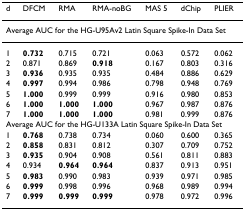
<table><thead><tr><td><b>d</b></td><td><b>DFCM</b></td><td><b>RMA</b></td><td><b>RMA-noBG</b></td><td><b>MAS 5</b></td><td><b>dChip</b></td><td><b>PLIER</b></td></tr></thead><tbody><tr><td colspan="7">Average AUC for the HG-U95Av2 Latin Square Spike-In Data Set</td></tr><tr><td>1</td><td><b>0.732</b></td><td>0.715</td><td>0.721</td><td>0.063</td><td>0.572</td><td>0.062</td></tr><tr><td>2</td><td>0.871</td><td>0.869</td><td><b>0.918</b></td><td>0.167</td><td>0.803</td><td>0.316</td></tr><tr><td>3</td><td><b>0.936</b></td><td>0.935</td><td>0.935</td><td>0.484</td><td>0.886</td><td>0.629</td></tr><tr><td>4</td><td><b>0.997</b></td><td>0.994</td><td>0.986</td><td>0.798</td><td>0.948</td><td>0.769</td></tr><tr><td>5</td><td><b>1.000</b></td><td>0.999</td><td>0.999</td><td>0.916</td><td>0.980</td><td>0.853</td></tr><tr><td>6</td><td><b>1.000</b></td><td><b>1.000</b></td><td><b>1.000</b></td><td>0.967</td><td>0.987</td><td>0.876</td></tr><tr><td>7</td><td><b>1.000</b></td><td><b>1.000</b></td><td><b>1.000</b></td><td>0.981</td><td>0.999</td><td>0.876</td></tr><tr><td colspan="7">Average AUC for the HG-U133A Latin Square Spike-In Data Set</td></tr><tr><td>1</td><td><b>0.768</b></td><td>0.738</td><td>0.734</td><td>0.060</td><td>0.600</td><td>0.365</td></tr><tr><td>2</td><td><b>0.858</b></td><td>0.831</td><td>0.812</td><td>0.307</td><td>0.709</td><td>0.752</td></tr><tr><td>3</td><td><b>0.935</b></td><td>0.904</td><td>0.908</td><td>0.561</td><td>0.811</td><td>0.883</td></tr><tr><td>4</td><td>0.934</td><td><b>0.964</b></td><td><b>0.964</b></td><td>0.837</td><td>0.913</td><td>0.951</td></tr><tr><td>5</td><td><b>0.983</b></td><td>0.990</td><td>0.983</td><td>0.939</td><td>0.971</td><td>0.985</td></tr><tr><td>6</td><td><b>0.999</b></td><td>0.998</td><td>0.996</td><td>0.968</td><td>0.989</td><td>0.994</td></tr><tr><td>7</td><td><b>0.999</b></td><td><b>0.999</b></td><td><b>0.999</b></td><td>0.978</td><td>0.972</td><td>0.996</td></tr></tbody></table>